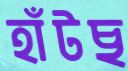
হাঁটছ